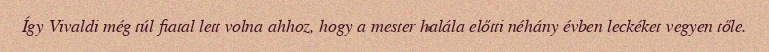
Így Vivaldi még túl fiatal lett volna ahhoz, hogy a mester halála előtti néhány évben leckéket vegyen tőle.